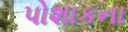
પોશાકના